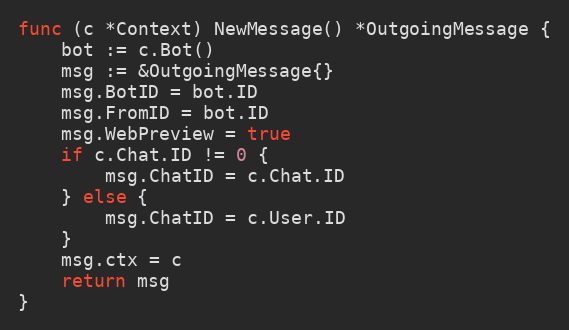
Language: Go
func (c *Context) NewMessage() *OutgoingMessage {
	bot := c.Bot()
	msg := &OutgoingMessage{}
	msg.BotID = bot.ID
	msg.FromID = bot.ID
	msg.WebPreview = true
	if c.Chat.ID != 0 {
		msg.ChatID = c.Chat.ID
	} else {
		msg.ChatID = c.User.ID
	}
	msg.ctx = c
	return msg
}